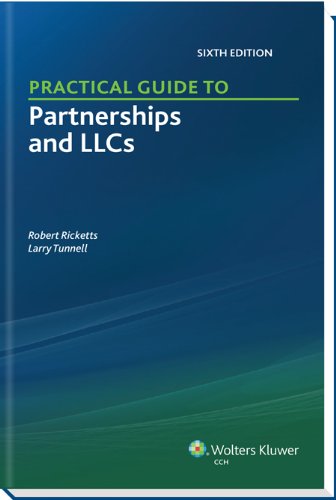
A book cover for Practical Guide to Partnerships and LLCs (6th Edition); Ph.D., CPA Robert Ricketts; Law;